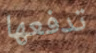
تدفعها